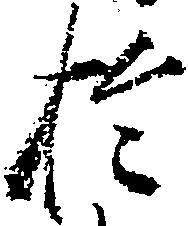
於